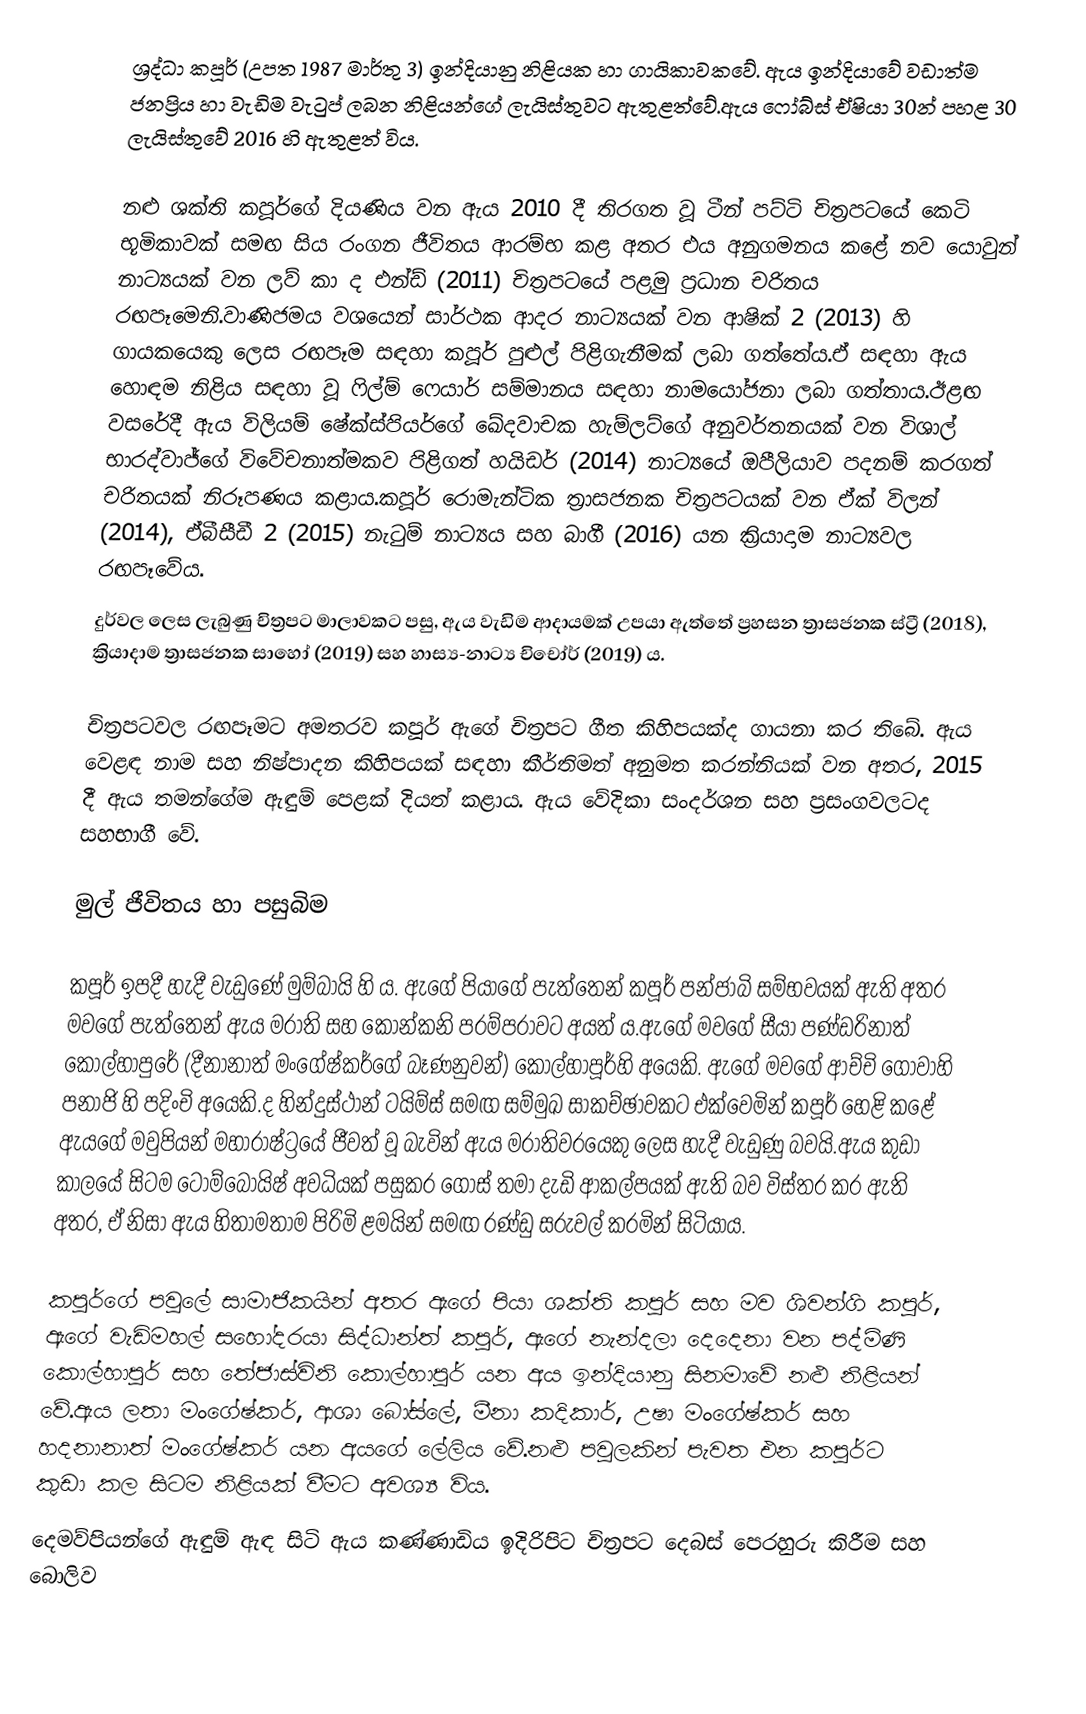
ශ්‍රද්ධා  කපූර් (උපත 1987 මාර්තු 3) ඉන්දියානු නිළියක හා ගායිකාවකවේ. ඇය ඉන්දියාවේ වඩාත්ම ජනප්‍රිය හා වැඩිම වැටුප් ලබන නිළියන්ගේ ලැයිස්තුවට ඇතුළත්වේ.ඇය ෆෝබ්ස් ඒෂියා 30න් පහළ 30 ලැයිස්තුවේ 2016 හි ඇතුළත් විය.

නළු ශක්ති කපූර්ගේ දියණිය වන ඇය 2010 දී තිරගත වූ ටීන් පට්ටි චිත්‍රපටයේ කෙටි භූමිකාවක් සමඟ සිය රංගන ජීවිතය ආරම්භ කළ අතර එය අනුගමනය කළේ නව යොවුන් නාට්‍යයක් වන ලව් කා ද එන්ඩ් (2011) චිත්‍රපටයේ පළමු ප්‍රධාන චරිතය රඟපෑමෙනි.වාණිජමය වශයෙන් සාර්ථක ආදර නාට්‍යයක් වන ආෂික් 2 (2013) හි ගායකයෙකු ලෙස රඟපෑම සඳහා කපූර් පුළුල් පිළිගැනීමක් ලබා ගත්තේය.ඒ සඳහා ඇය හොඳම නිළිය සඳහා වූ ෆිල්ම් ෆෙයාර් සම්මානය සඳහා නාමයෝජනා ලබා ගත්තාය.ඊළඟ වසරේදී ඇය විලියම් ෂේක්ස්පියර්ගේ ඛේදවාචක හැම්ලට්ගේ අනුවර්තනයක් වන විශාල් භාරද්වාජ්ගේ විවේචනාත්මකව පිළිගත් හයිඩර් (2014) නාට්‍යයේ ඔපීලියාව පදනම් කරගත් චරිතයක් නිරූපණය කළාය.කපූර් රොමැන්ටික ත්‍රාසජනක චිත්‍රපටයක් වන ඒක් විලන් (2014), ඒබීසීඩී 2 (2015) නැටුම් නාට්‍යය සහ බාගී (2016) යන ක්‍රියාදාම නාට්‍යවල රඟපෑවේය.
දුර්වල ලෙස ලැබුණු චිත්‍රපට මාලාවකට පසු, ඇය වැඩිම ආදායමක් උපයා ඇත්තේ ප්‍රහසන ත්‍රාසජනක ස්ට්‍රී (2018), ක්‍රියාදාම ත්‍රාසජනක සාහෝ (2019) සහ හාස්‍ය-නාට්‍ය චිචෝර් (2019) ය.

චිත්‍රපටවල රඟපෑමට අමතරව කපූර් ඇගේ චිත්‍රපට ගීත කිහිපයක්ද ගායනා කර තිබේ. ඇය වෙළඳ නාම සහ නිෂ්පාදන කිහිපයක් සඳහා කීර්තිමත් අනුමත කරන්නියක් වන අතර, 2015 දී ඇය තමන්ගේම ඇඳුම් පෙළක් දියත් කළාය. ඇය වේදිකා සංදර්ශන සහ ප්‍රසංගවලටද සහභාගී වේ.

මුල් ජීවිතය හා පසුබිම

කපූර් ඉපදී හැදී වැඩුණේ මුම්බායි හි ය. ඇගේ පියාගේ පැත්තෙන් කපූර් පන්ජාබි සම්භවයක් ඇති අතර මවගේ පැත්තෙන් ඇය මරාති සහ කොන්කනි පරම්පරාවට අයත් ය.ඇගේ මවගේ සීයා පණ්ඩරිනාත් කොල්හාපුරේ (දීනානාත් මංගේෂ්කර්ගේ බෑණනුවන්) කොල්හාපූර්හි අයෙකි. ඇගේ මවගේ ආච්චි ගෝවාහි පනාජි හි පදිංචි අයෙකි.ද හින්දුස්ථාන් ටයිම්ස් සමඟ සම්මුඛ සාකච්ඡාවකට එක්වෙමින් කපූර් හෙළි කළේ ඇයගේ මවුපියන් මහාරාෂ්ට්‍රයේ ජීවත් වූ බැවින් ඇය මරාතිවරයෙකු ලෙස හැදී වැඩුණු බවයි.ඇය කුඩා කාලයේ සිටම ටොම්බොයිෂ් අවධියක් පසුකර ගොස් තමා දැඩි ආකල්පයක් ඇති බව විස්තර කර ඇති අතර, ඒ නිසා ඇය හිතාමතාම පිරිමි ළමයින් සමඟ රණ්ඩු සරුවල් කරමින් සිටියාය.

කපූර්ගේ පවුලේ සාමාජිකයින් අතර ඇගේ පියා ශක්ති කපූර් සහ මව ශිවන්ගි කපූර්, ඇගේ වැඩිමහල් සහෝදරයා සිද්ධාන්ත් කපූර්, ඇගේ නැන්දලා දෙදෙනා වන පද්මිණි කොල්හාපූර් සහ තේජාස්විනි කොල්හාපූර් යන අය ඉන්දියානු සිනමාවේ නළු නිළියන් වේ.ඇය ලතා මංගේෂ්කර්, ආශා බෝස්ලේ, මීනා කදිකාර්, උෂා මංගේෂ්කර් සහ හදනානාත් මංගේෂ්කර් යන අයගේ ලේලිය වේ.නළු පවුලකින් පැවත එන කපූර්ට කුඩා කල සිටම නිළියක් වීමට අවශ්‍ය විය.
දෙමව්පියන්ගේ ඇඳුම් ඇඳ සිටි ඇය කණ්ණාඩිය ඉදිරිපිට චිත්‍රපට දෙබස් පෙරහුරු කිරීම සහ බොලිව